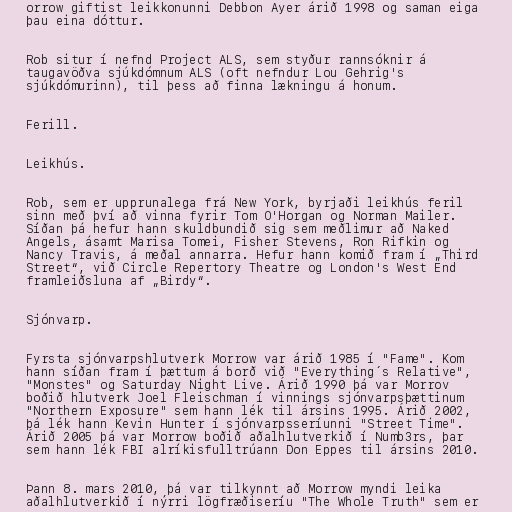
orrow giftist leikkonunni Debbon Ayer árið 1998 og saman eiga
þau eina dóttur.

Rob situr í nefnd Project ALS, sem styður rannsóknir á
taugavöðva sjúkdómnum ALS (oft nefndur Lou Gehrig's
sjúkdómurinn), til þess að finna lækningu á honum.

Ferill.

Leikhús.

Rob, sem er upprunalega frá New York, byrjaði leikhús feril
sinn með því að vinna fyrir Tom O'Horgan og Norman Mailer.
Síðan þá hefur hann skuldbundið sig sem meðlimur að Naked
Angels, ásamt Marisa Tomei, Fisher Stevens, Ron Rifkin og
Nancy Travis, á meðal annarra. Hefur hann komið fram í „Third
Street“, við Circle Repertory Theatre og London's West End
framleiðsluna af „Birdy“.

Sjónvarp.

Fyrsta sjónvarpshlutverk Morrow var árið 1985 í "Fame". Kom
hann síðan fram í þættum á borð við "Everything´s Relative",
"Monstes" og Saturday Night Live. Árið 1990 þá var Morrov
boðið hlutverk Joel Fleischman í vinnings sjónvarpsþættinum
"Northern Exposure" sem hann lék til ársins 1995. Árið 2002,
þá lék hann Kevin Hunter í sjónvarpsseríunni "Street Time".
Árið 2005 þá var Morrow boðið aðalhlutverkið í Numb3rs, þar
sem hann lék FBI alríkisfulltrúann Don Eppes til ársins 2010.

Þann 8. mars 2010, þá var tilkynnt að Morrow myndi leika
aðalhlutverkið í nýrri lögfræðiseríu "The Whole Truth" sem er